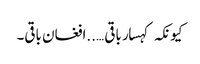
کیونکہ کہسار باقی …..افغان باقی۔